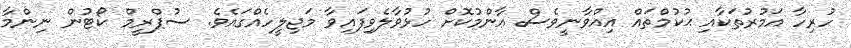
ހުރިހާ އަމުރުތަކާއި ޙުކުމްތައް އިއްވާނީވެސް ޢާންމުކޮށް ހުޅުވާލެވިފައިވާ މަޖިލީހެއްގައެވެ. ސުޕްރީމް ކޯޓުން ނިންމާ